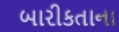
બારીકતાના